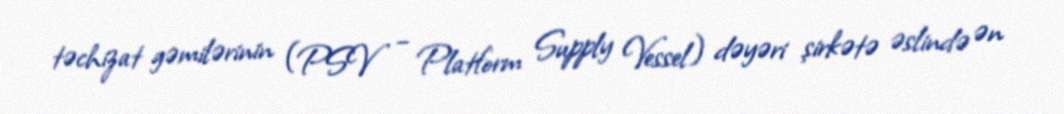
təchizat gəmilərinin (PSV – Platform Supply Vessel) dəyəri şirkətə əslində ən